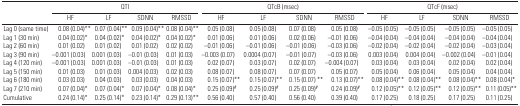
<table><thead><tr><td></td><td colspan="4"><b>QTI</b></td><td colspan="4"><b>QTcB (msec)</b></td><td colspan="4"><b>QTcF (msec)</b></td></tr><tr><td></td><td><b>HF</b></td><td><b>LF</b></td><td><b>SDNN</b></td><td><b>RMSSD</b></td><td><b>HF</b></td><td><b>LF</b></td><td><b>SDNN</b></td><td><b>RMSSD</b></td><td><b>HF</b></td><td><b>LF</b></td><td><b>SDNN</b></td><td><b>RMSSD</b></td></tr></thead><tbody><tr><td>Lag 0 (same time)</td><td>0.08 (0.04)**</td><td>0.07 (0.04)**</td><td>0.09 (0.04)**</td><td>0.08 (0.04)**</td><td>0.05 (0.08)</td><td>0.05 (0.08)</td><td>0.07 (0.08)</td><td>0.05 (0.08)</td><td>−0.05 (0.05)</td><td>−0.05 (0.05)</td><td>−0.05 (0.05)</td><td>−0.05 (0.05)</td></tr><tr><td>Lag 1 (30 min)</td><td>0.04 (0.02)*</td><td>0.04 (0.02)*</td><td>0.04 (0.02)*</td><td>0.04 (0.02)*</td><td>0.01 (0.06)</td><td>0.01 (0.06)</td><td>0.02 (0.06)</td><td>−0.01 (0.06)</td><td>−0.04 (0.04)</td><td>−0.04 (0.04)</td><td>−0.04 (0.04)</td><td>−0.04 (0.04)</td></tr><tr><td>Lag 2 (60 min)</td><td>0.01 (0.02)</td><td>0.01 (0.02)</td><td>0.01 (0.02)</td><td>0.02 (0.02)</td><td>−0.01 (0.06)</td><td>−0.01 (0.06)</td><td>−0.01 (0.06)</td><td>−0.03 (0.06)</td><td>−0.02 (0.04)</td><td>−0.02 (0.04)</td><td>−0.02 (0.04)</td><td>−0.03 (0.04)</td></tr><tr><td>Lag 3 (90 min)</td><td>−0.001 (0.03)</td><td>0.001 (0.03)</td><td>−0.01 (0.03)</td><td>0.01 (0.03)</td><td>−0.003 (0.07)</td><td>0.0004 (0.07)</td><td>−0.01 (0.07)</td><td>−0.03 (0.06)</td><td>0.003 (0.04)</td><td>0.004 (0.04)</td><td>−0.002 (0.04)</td><td>−0.01 (0.04)</td></tr><tr><td>Lag 4 (120 min)</td><td>−0.001 (0.03)</td><td>0.001 (0.03)</td><td>−0.01 (0.03)</td><td>0.01 (0.03)</td><td>0.02 (0.07)</td><td>0.03 (0.07)</td><td>0.02 (0.07)</td><td>−0.004 (0.07)</td><td>0.03 (0.04)</td><td>0.03 (0.04)</td><td>0.02 (0.04)</td><td>0.02 (0.04)</td></tr><tr><td>Lag 5 (150 min)</td><td>0.01 (0.03)</td><td>0.01 (0.03)</td><td>0.004 (0.03)</td><td>0.02 (0.03)</td><td>0.08 (0.07)</td><td>0.08 (0.07)</td><td>0.07 (0.07)</td><td>0.05 (0.07)</td><td>0.05 (0.04)</td><td>0.06 (0.04)</td><td>0.05 (0.04)</td><td>0.04 (0.04)</td></tr><tr><td>Lag 6 (180 min)</td><td>0.03 (0.03)</td><td>0.04 (0.03)</td><td>0.03 (0.03)</td><td>0.04 (0.03)</td><td>0.15 (0.07)**</td><td>0.15 (0.07)**</td><td>0.15 (0.07) **</td><td>0.13 (0.07)**</td><td>0.08 (0.04)**</td><td>0.08 (0.04)**</td><td>0.08 (0.04)**</td><td>0.08 (0.04)*</td></tr><tr><td>Lag 7 (210 min)</td><td>0.07 (0.04)*</td><td>0.07 (0.04)*</td><td>0.07 (0.04)*</td><td>0.08 (0.04)*</td><td>0.25 (0.09)#</td><td>0.25 (0.09)#</td><td>0.25 (0.09)#</td><td>0.24 (0.09)#</td><td>0.12 (0.05)**</td><td>0.12 (0.05)**</td><td>0.12 (0.05)**</td><td>0.11 (0.05)**</td></tr><tr><td>Cumulative</td><td>0.24 (0.14)*</td><td>0.25 (0.14)*</td><td>0.23 (0.14)*</td><td>0.29 (0.13)**</td><td>0.56 (0.40)</td><td>0.57 (0.40)</td><td>0.56 (0.40)</td><td>0.39 (0.40)</td><td>0.17 (0.25)</td><td>0.18 (0.25)</td><td>0.17 (0.25)</td><td>0.11 (0.25)</td></tr></tbody></table>